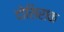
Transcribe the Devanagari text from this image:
दोसिराक